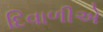
દિવાળીએ